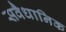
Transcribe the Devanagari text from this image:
सवैधानिक